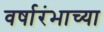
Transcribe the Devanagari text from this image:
वर्षारंभाच्या